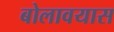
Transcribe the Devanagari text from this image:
बोलावयास